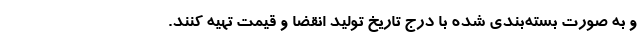
و به صورت بسته‌بندی شده با درج تاریخ تولید انقضا و قیمت تهیه کنند.